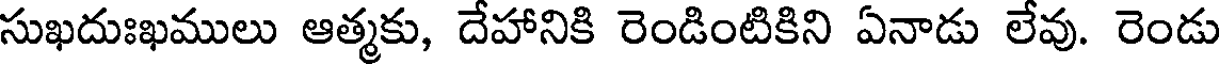
సుఖదుఃఖములు ఆత్మకు, దేహానికి రెండింటికిని ఏనాడు లేవు. రెండు